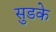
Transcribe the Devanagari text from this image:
सुडके